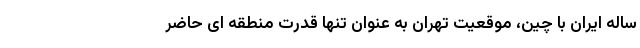
ساله ایران با چین، موقعیت تهران به عنوان تنها قدرت منطقه ایِ حاضر